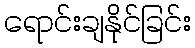
ရောင်းချနိုင်ခြင်း